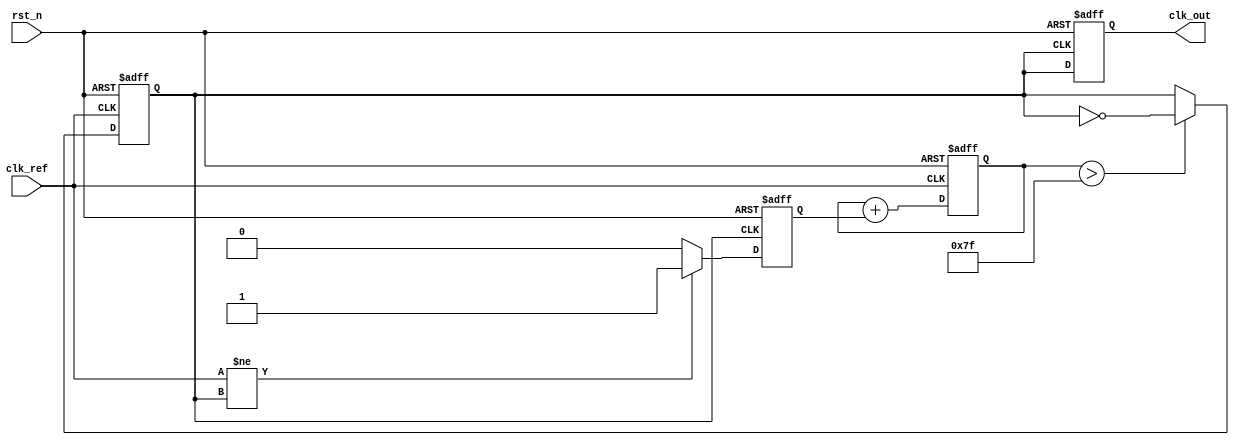
module PLL (
    input wire clk_ref,          // Reference clock input
    input wire rst_n,           // Active low reset
    output reg clk_out          // Output clock
);

// Phase Detector
reg phase_error; // Represents the phase error signal
reg clk_vco;     // Output of the VCO
reg [7:0] control_voltage; // Control voltage from loop filter

// Loop Filter (Simple first-order filter)
always @(posedge clk_ref or negedge rst_n) begin
    if (!rst_n) begin
        control_voltage <= 8'b0;
    end else begin
        // Simple integrator (low-pass filter behavior)
        control_voltage <= control_voltage + phase_error;
    end
end

// Voltage-Controlled Oscillator (VCO)
always @(posedge clk_ref or negedge rst_n) begin
    if (!rst_n) begin
        clk_vco <= 1'b0;
    end else begin
        // Adjust frequency based on control voltage
        // This is a very simplified model of a VCO
        if (control_voltage > 127) begin
            clk_vco <= ~clk_vco; // Toggle output
        end
    end
end

// Feedback mechanism
always @(posedge clk_vco or negedge rst_n) begin
    if (!rst_n) begin
        phase_error <= 1'b0;
    end else begin
        // Phase comparison (very simplified)
        // Assume clk_ref and clk_vco are aligned
        // Here we just simulate phase error based on some condition
        // In a real design, you'd measure the phase difference
        phase_error <= (clk_ref != clk_vco) ? 1'b1 : 1'b0;
    end
end

// Output Clock
always @(posedge clk_vco or negedge rst_n) begin
    if (!rst_n) begin
        clk_out <= 1'b0;
    end else begin
        clk_out <= clk_vco; // Output the VCO signal as the output clock
    end
end

endmodule